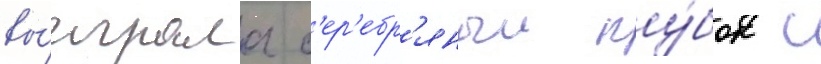
вы́играла с'ер'ебр'яныи ку́бок с